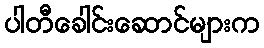
ပါတီခေါင်းဆောင်များက